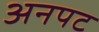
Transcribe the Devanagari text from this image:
अनपट